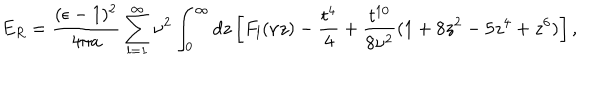
E _ { R } = { \frac { ( \epsilon - 1 ) ^ { 2 } } { 4 \pi a } } \sum _ { l = 1 } ^ { \infty } \nu ^ { 2 } \int _ { 0 } ^ { \infty } d z \left[ F _ { l } ( \nu z ) - { \frac { t ^ { 4 } } { 4 } } + { \frac { t ^ { 1 0 } } { 8 \nu ^ { 2 } } } ( 1 + 8 z ^ { 2 } - 5 z ^ { 4 } + z ^ { 6 } ) \right] ,